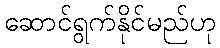
ဆောင်ရွက်နိုင်မည်ဟု